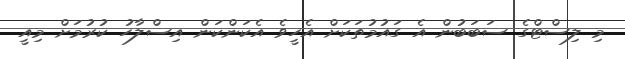
މި ލިސްޓްގެ ސަބަބުން އެ ގައުމުތަކަށް އެހީވެ އެކަންކަން އިސްލާހު ކުރުމަށް މިއީ